65_HS1-834228961_62-HQ-83894_Serial_130
Agency: FBI
Page 87
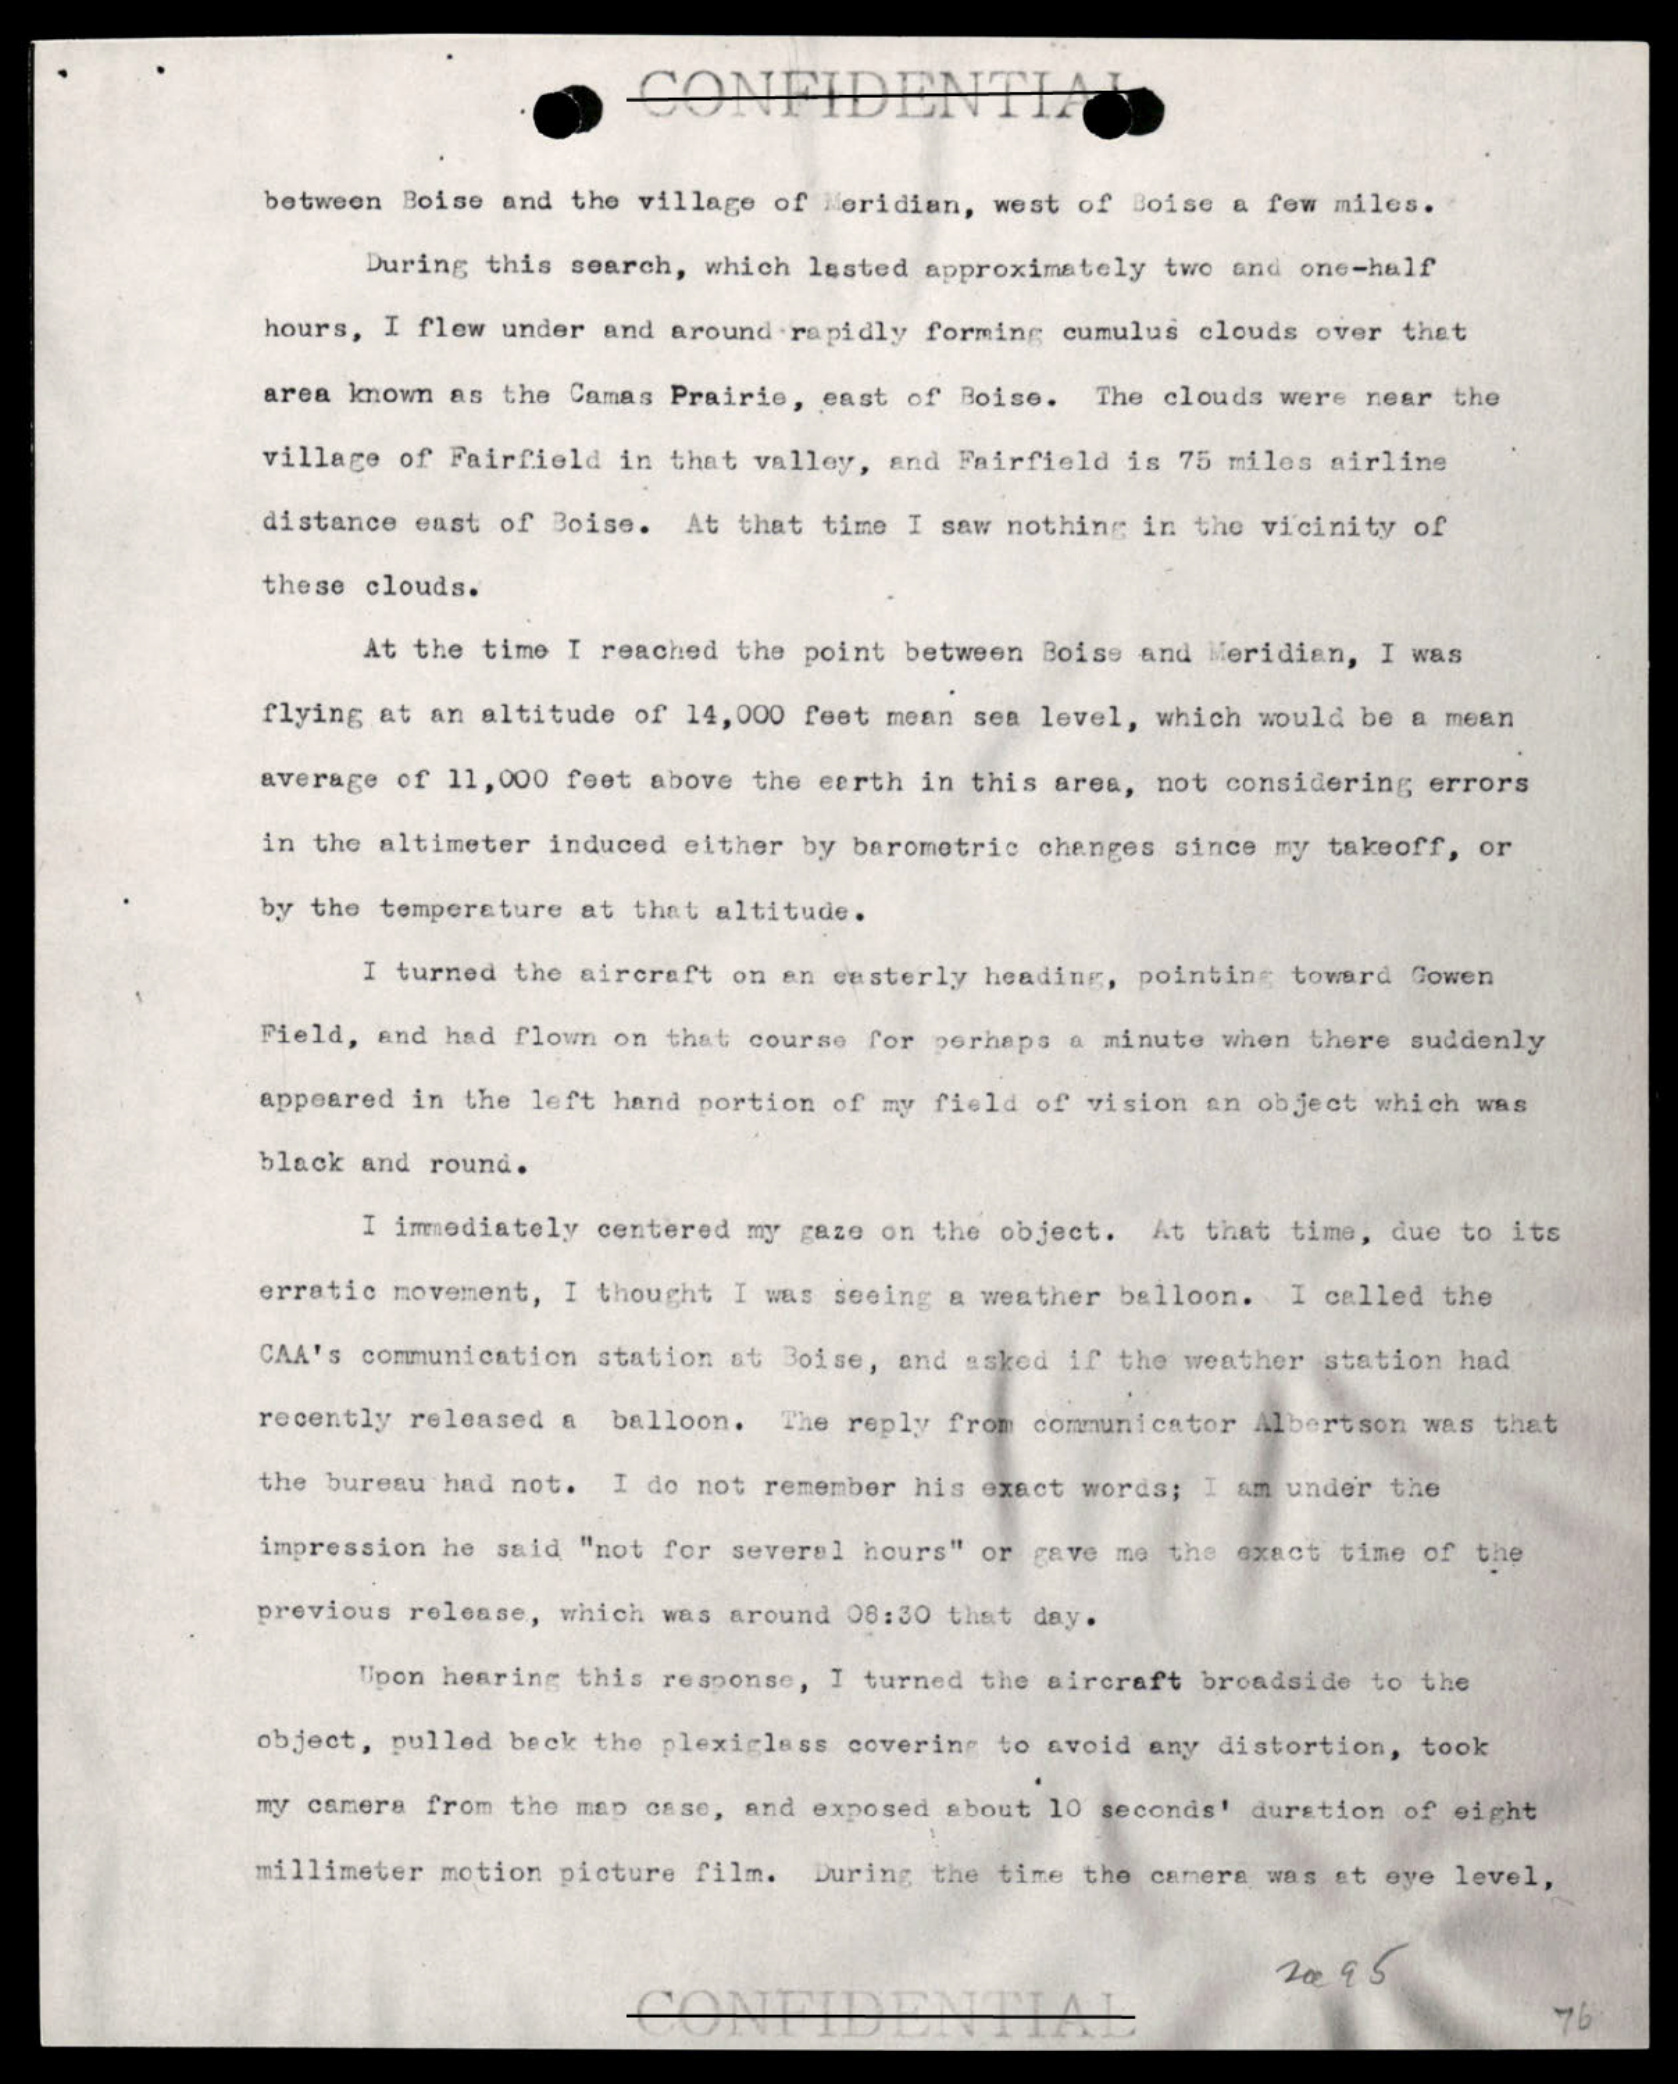